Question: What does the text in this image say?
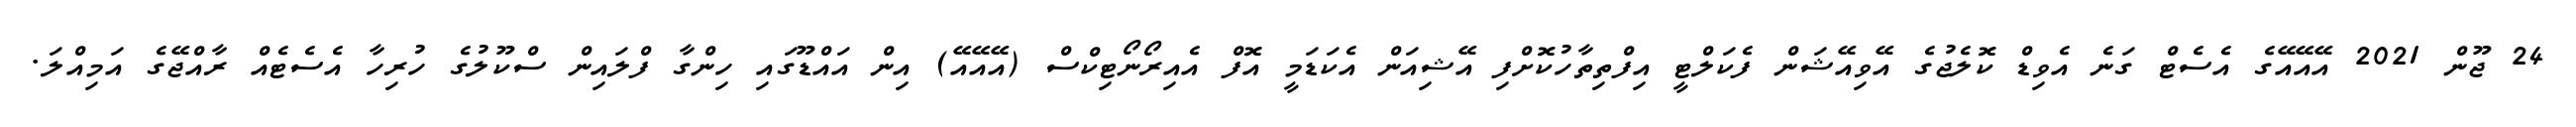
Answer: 24 ޖޫން 2021 އޭއޭއޭގެ އެސެޓް ގަނެ އެވިޑް ކޮލެޖުގެ އޭވިއޭޝަން ފެކަލްޓީ އިފްތިތާހުކޮށްފި އޭޝިއަން އެކަޑަމީ އޮފް އެއިރޯނޯޓިކްސް (އޭއޭއޭ) އިން އައްޑޫގައި ހިންގާ ފްލައިން ސްކޫލުގެ ހުރިހާ އެސެޓެއް ރާއްޖޭގެ އަމިއްލަ.